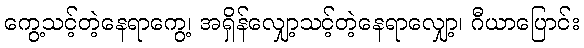
ကွေ့သင့်တဲ့နေရာကွေ့၊ အရှိန်လျှော့သင့်တဲ့နေရာလျှော့၊ ဂီယာပြောင်း